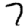
Digit: 7